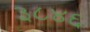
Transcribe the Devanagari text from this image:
३८४६